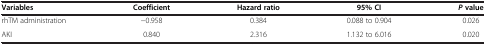
<table><thead><tr><td><b>Variables</b></td><td><b>Coefficient</b></td><td><b>Hazard ratio</b></td><td><b>95% CI</b></td><td><b><i>P </i>value</b></td></tr></thead><tbody><tr><td>rhTM administration</td><td>−0.958</td><td>0.384</td><td>0.088 to 0.904</td><td>0.026</td></tr><tr><td>AKI</td><td>0.840</td><td>2.316</td><td>1.132 to 6.016</td><td>0.020</td></tr></tbody></table>